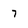
Character: 7